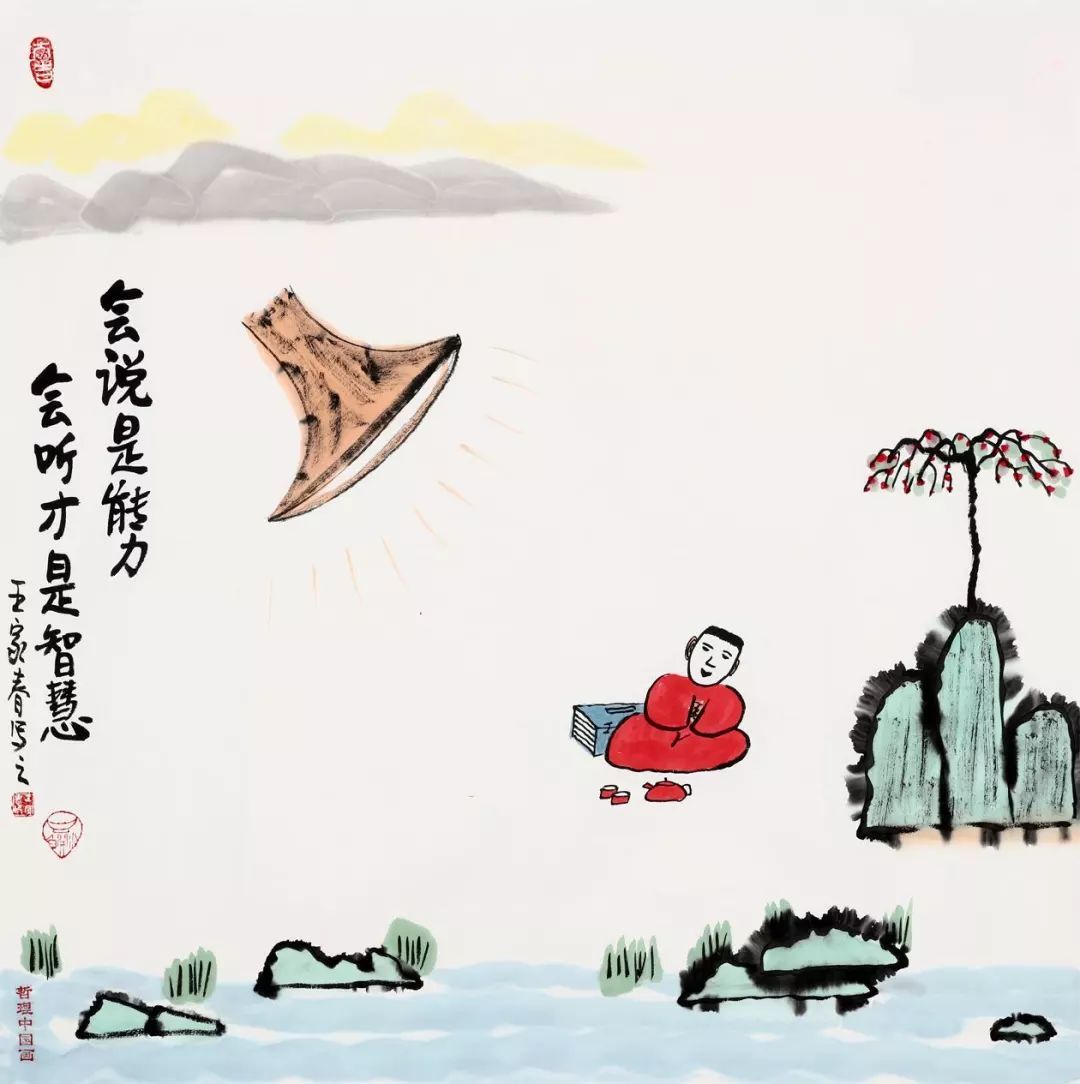
春种一粒粟，秋收万颗子。